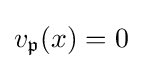
v_{\mathfrak {p}}(x)=0